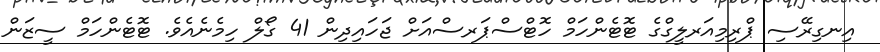
އިނގިރޭސި ޕްރިމިއަރލީގްގެ ޓޮޓެންހަމް ހޮޓްސްޕަރސްއަށް ޖަހައިދިން 41 ގޯލް ހިމެނެއެވެ. ޓޮޓެންހަމް ސީޒަން